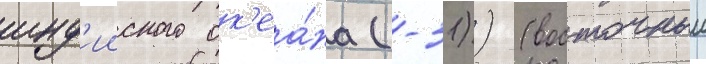
инд'ииского ок'еа́на (-31)) (восточныи